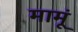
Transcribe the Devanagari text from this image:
मामूं